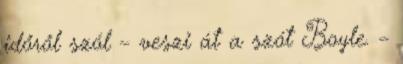
időről szól – veszi át a szót Boyle. –